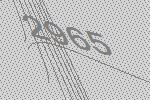
2965